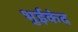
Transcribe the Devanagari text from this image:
भुईकंद